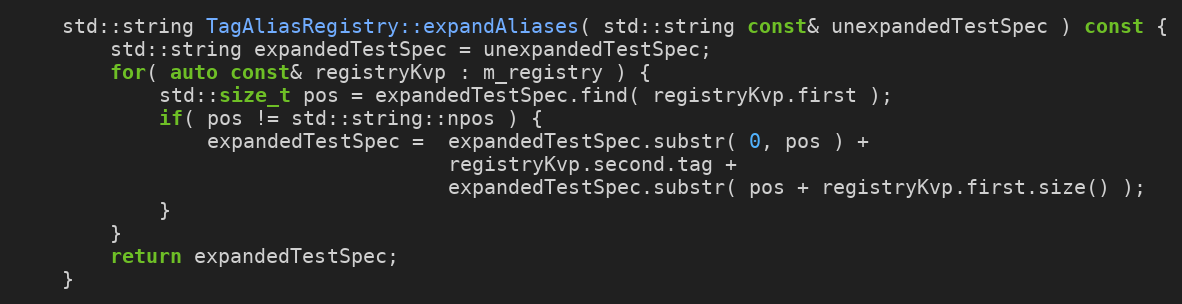
Language: C++
    std::string TagAliasRegistry::expandAliases( std::string const& unexpandedTestSpec ) const {
        std::string expandedTestSpec = unexpandedTestSpec;
        for( auto const& registryKvp : m_registry ) {
            std::size_t pos = expandedTestSpec.find( registryKvp.first );
            if( pos != std::string::npos ) {
                expandedTestSpec =  expandedTestSpec.substr( 0, pos ) +
                                    registryKvp.second.tag +
                                    expandedTestSpec.substr( pos + registryKvp.first.size() );
            }
        }
        return expandedTestSpec;
    }